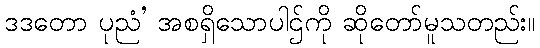
ဒဒတော ပုညံ’ အစရှိသောပါဌ်ကို ဆိုတော်မူသတည်း။